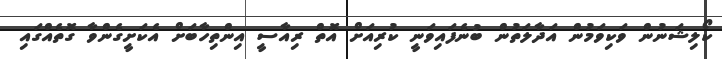
ކޯލިޝަނުން ވަކިވަމުން އަދާލަތުން ބުނެފައިވަނީ ކުރިއަށް އޮތް ރިއާސީ އިންތިހާބަށް އެކަށީގެންވާ ގޮތެއްގައި